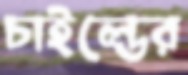
চাইল্ডের